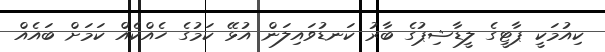
ކިއުމަކީ ޕާޓީގެ ލީޑާޝިޕުގެ ބާރު ކަނޑުވައިލަން އުޅޭ ކަމުގެ ހެއްކެއް ކަމަށް ބައެއް